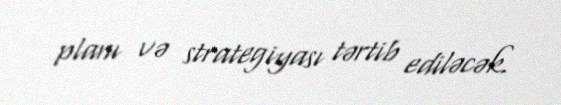
planı və strategiyası tərtib ediləcək.